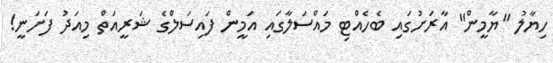
ހިޔާލު "ޔާމީން" އާރަށުގައި ބެހެއްޓި މައްސަލާގައި އަމީން ފައިސަލްގެ ޝަރީއަތް މިއަދު ފަށަނީ!